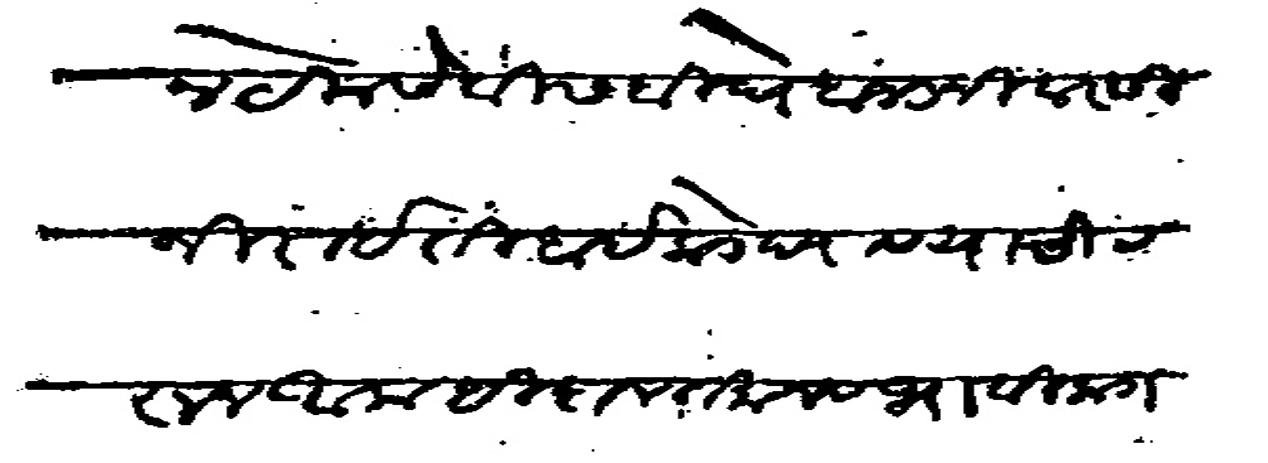
Transliteration (Devanagari): जमीन येकसे वीस बीधे बंजर निवारसी जिराईती बाईकडे दयावयाची ठरून अलाहीदा वर्तमान व भावी कमावीसदार